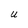
Character: U